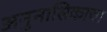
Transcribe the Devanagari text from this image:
अनुनासिकाचा